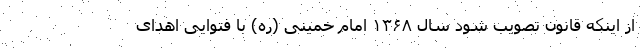
از اینکه قانون تصویب شود سال ۱۳۶۸ امام خمینی (ره) با فتوایی اهدای